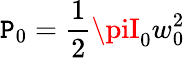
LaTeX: \mathtt{P}_{0}={\frac{{1}}{{2}}}\piI_{0}w_{0}^{2}